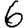
Digit: 6